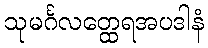
သုမင်္ဂလတ္ထေရအပဒါနံ